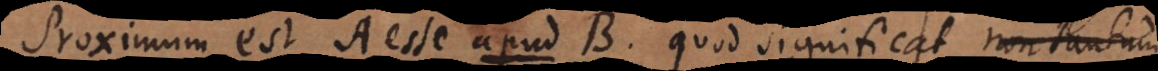
Proximum est A esse apud B, quod significat non tantum